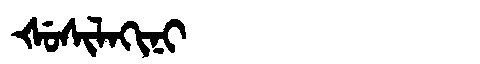
Manchu: ᡧᡠᠰᡳᠯᠠᡴᡳᠨᡳ
Romanization: ŠUSILAKINI